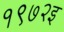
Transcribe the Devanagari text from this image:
१९७२इ